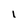
Character: i